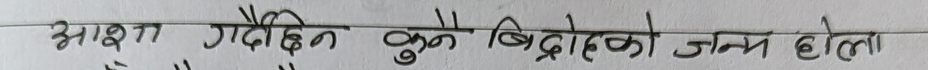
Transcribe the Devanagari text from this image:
आशा गर्दछिन कुनै बिद्रोहको जन्म होला